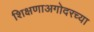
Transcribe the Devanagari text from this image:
शिक्षणाअगोदरच्या